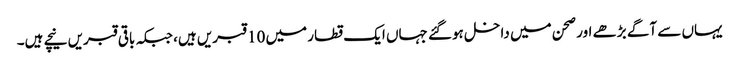
یہاں سے آگے بڑھے اور صحن میں داخل ہوگئے جہاں ایک قطار میں 10 قبریں ہیں، جبکہ باقی قبریں نیچے ہیں۔